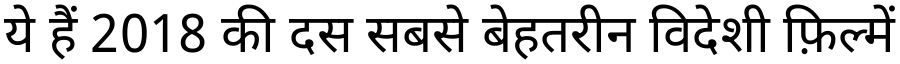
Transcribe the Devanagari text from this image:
ये हैं 2018 की दस सबसे बेहतरीन विदेशी फ़िल्में